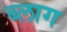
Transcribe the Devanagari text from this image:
ब्‍लाग